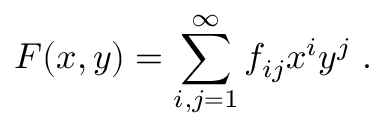
F ( x , y ) = \sum _ { i , j = 1 } ^ { \infty } f _ { i j } x ^ { i } y ^ { j } \ .